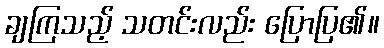
ချကြသည့် သတင်းလည်း ပြောပြ၏။